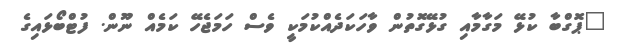
"ޕޮގްބާ ކުޅޭ މަގާމާއި ގުޅޭގޮތުން ވާހަކަދެއްކުމަކީ ވެސް ހަމަޖެހޭ ކަމެއް ނޫން. ފުޓްބޯޅައިގެ